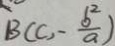
B ( C , - \frac { b ^ { 2 } } { a } )